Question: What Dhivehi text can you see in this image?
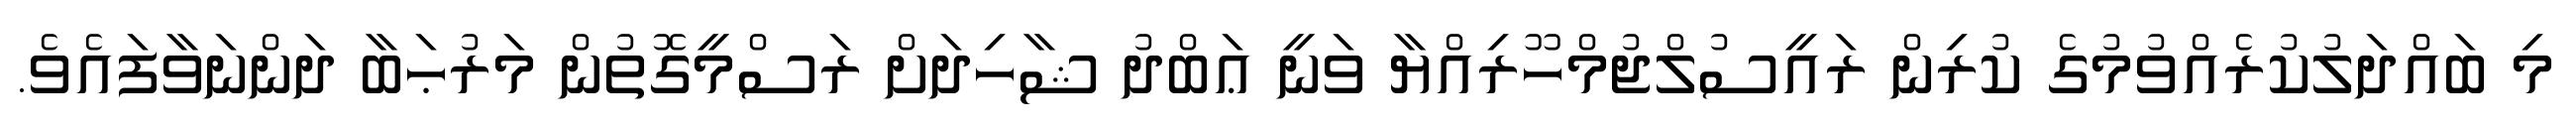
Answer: މި ބައްދަލުކުރެއްވުމުގެ ކުރިން ރައީސުލްޖުމްހޫރިއްޔާ ވަނީ ޢަބްދު ޝާހިދަށް ރަސްމީގޮތުން މަރުޙަބާ ދަންނަވާފައެވެ.